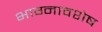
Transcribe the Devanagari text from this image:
भाग्नावशेष